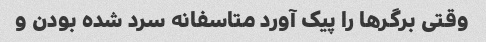
وقتی برگرها را پیک آورد متاسفانه سرد شده بودن و